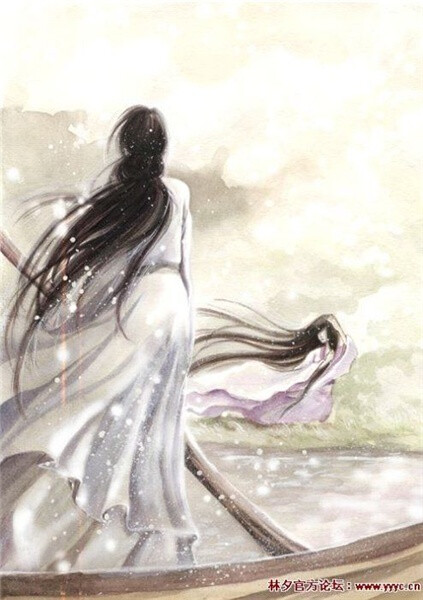
小楼昨夜又东风，故国不堪回首月明中。